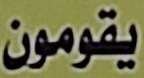
يقومون